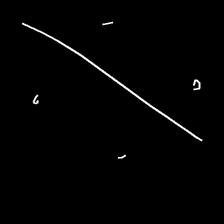
Glyph: cool